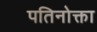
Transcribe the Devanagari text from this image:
पतिनोक्ता